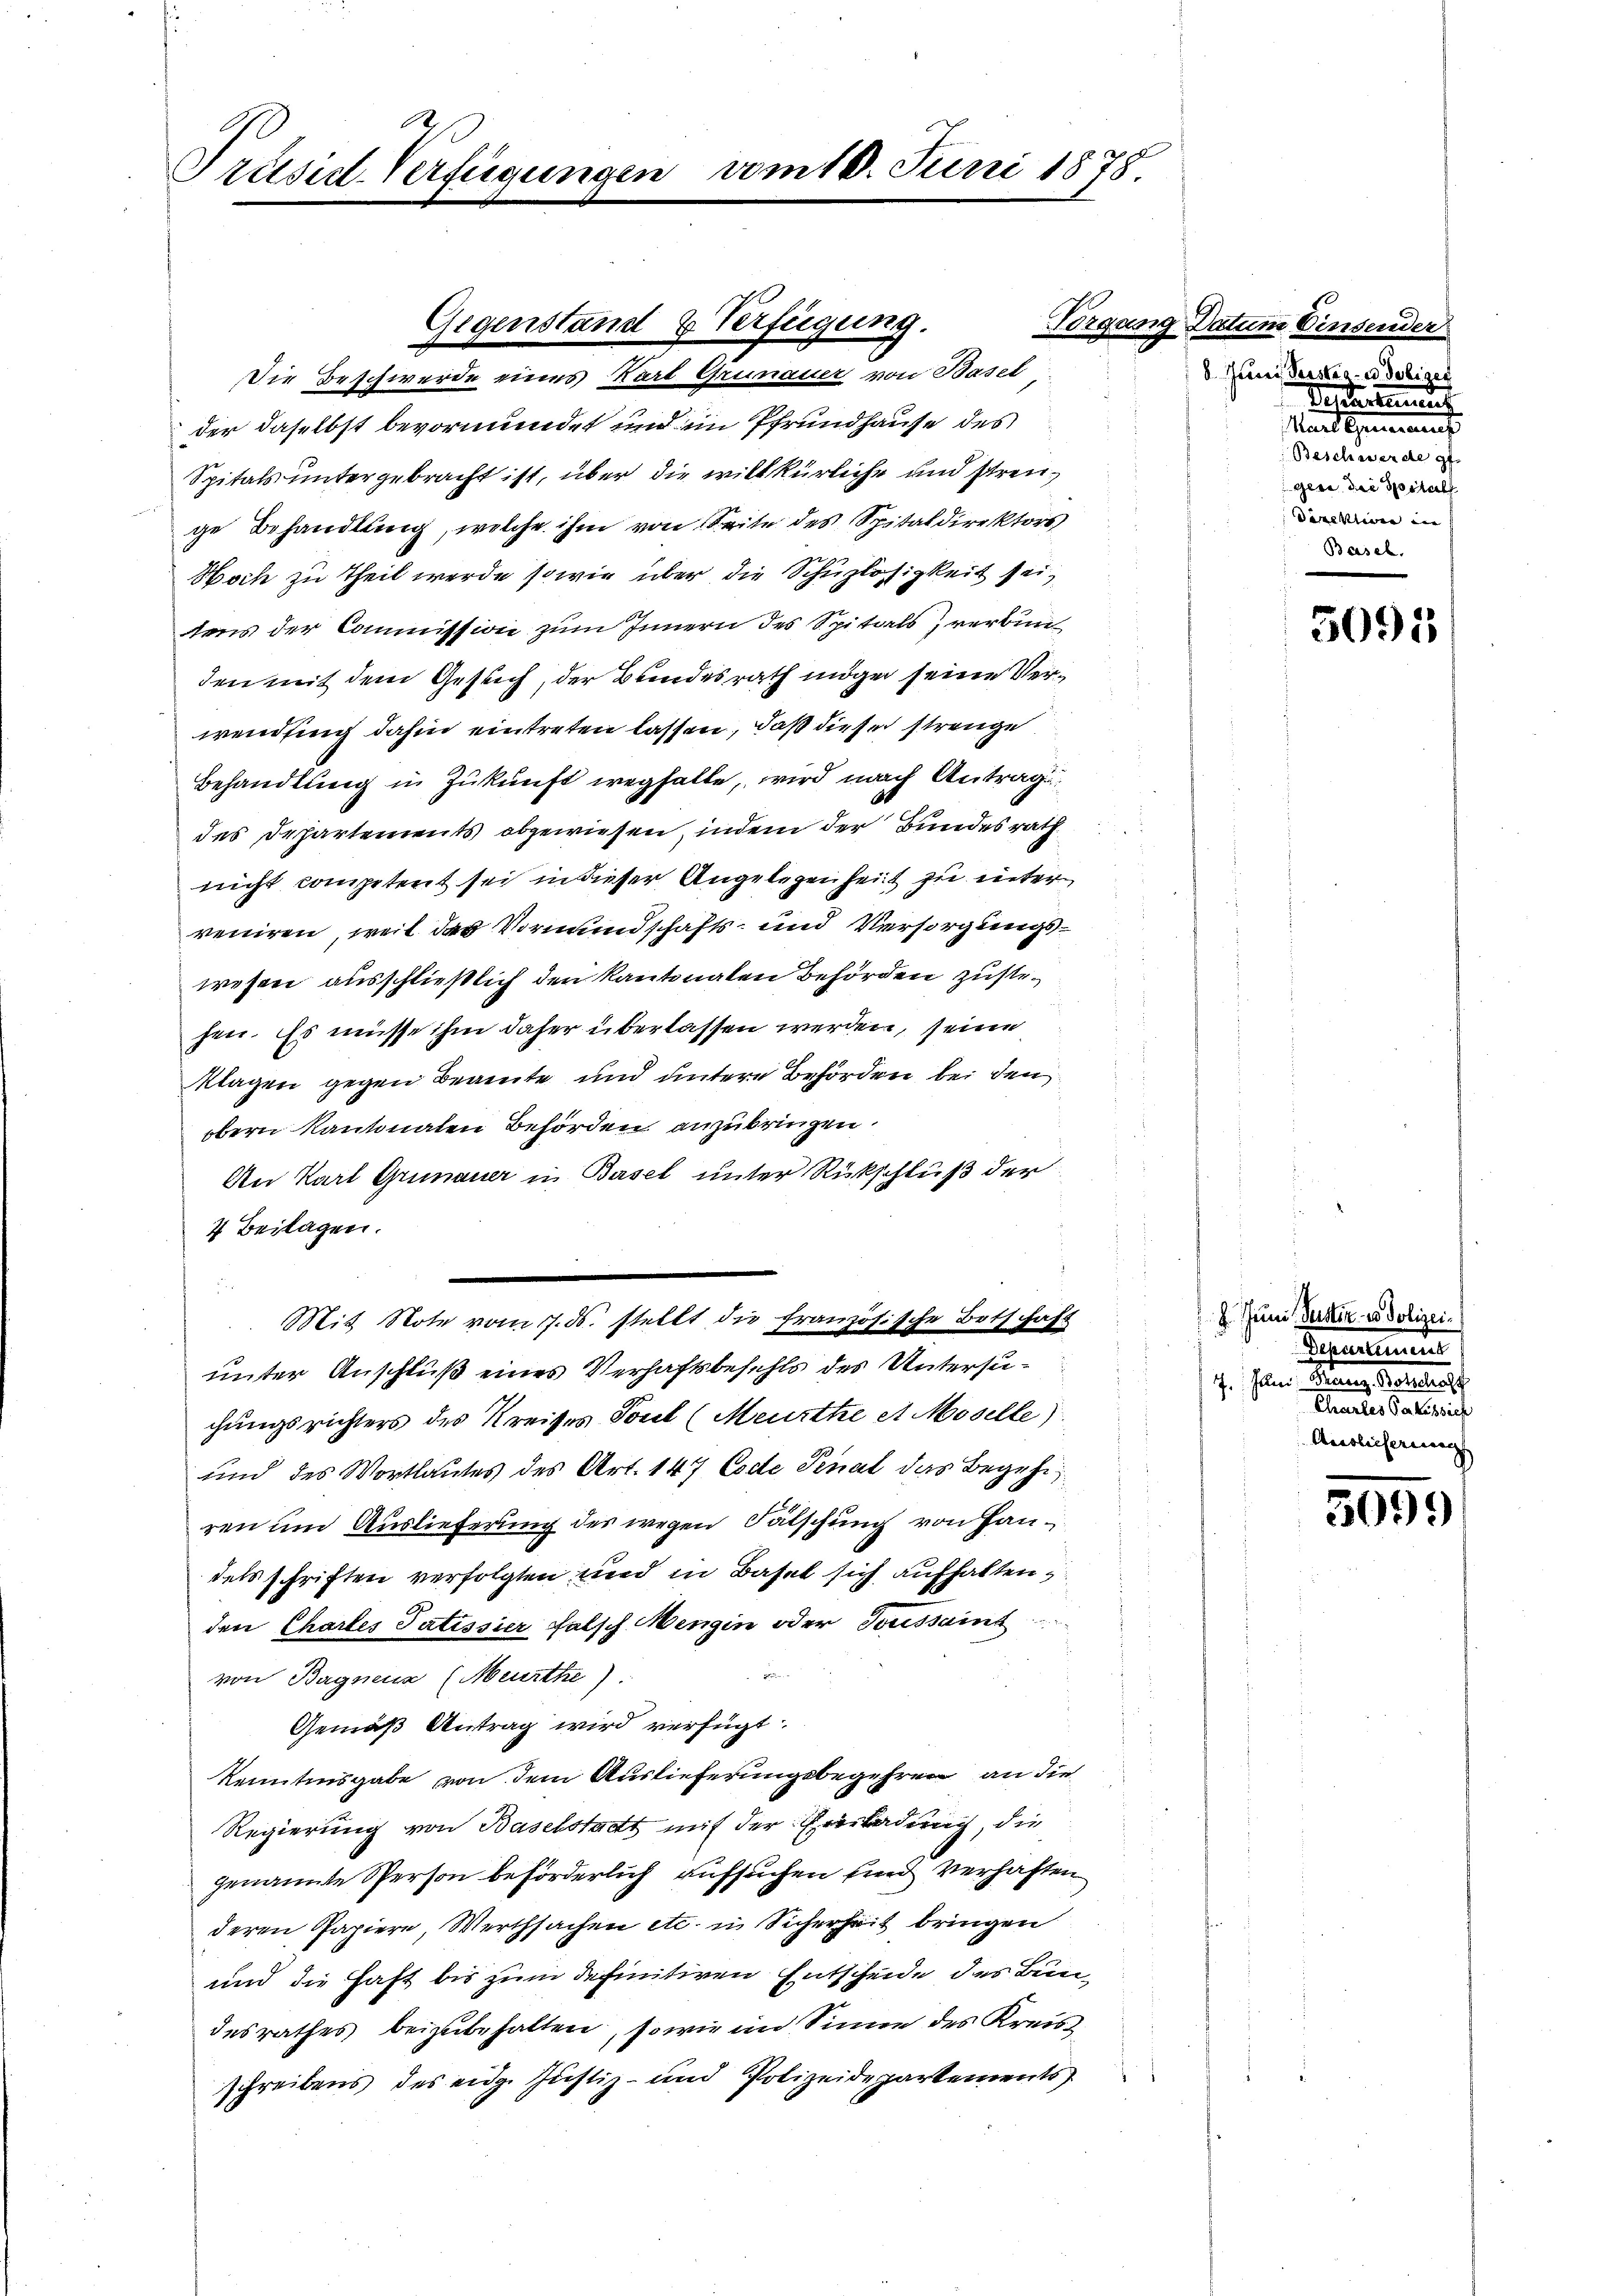
Präsidt-Verfügung

n10. Juni 1878

organ
Gegenstand & Verfügung
Die Beschwerde eines Karl Grumauer von Basel

der daselbst bevormundet und im Pfrundhause des
Spitals untergebracht ist, über die willkürliche und strenge Behandlung, welche ihm von Seite des Spitaldirektors
Noch zu Theil werde, sowie über die Schüzlosigkeit sei,
tens der Commission zum Innern des Spitals, verbun
den mit dem Gesuch, der Bundesrath mögen seine Verwending dahin eintreten lassen, daß diese strenge
Behandlung in Zukunft weghalte, wird nach Antrag
des Departements abgewiesen, indem der Bundesrath
nicht competent sei in dieser Angelegenheit zu unter
veniren, weil das Vormundschafts- und Versorgungswesen ausschließlich den Kantonalen Behörden zuste.
hen. Es müsse ihm daher überlassen werden, seine
klagen gegen Beamte und untere Behörden bei den
obern Kantonalen Behörden anzubringen.
An Karl Grimauer in Basel unter Rückschluß der
7 Beilagen.
Mit Note vom 7. ds. stellt die französische Botschaft
unter Anschluß eines Verhaftsbefehls des Untersuchungsrichters des Kreises Soul (Meurthe et Moselle)
und des Wortlautes des Art. 147 Code Senat das Begehr
ren um Auslieferung des wegen Fälschung von Handets schriften verfolgten und in Basel sich aufhalten,
den Chartes Patissier falsch Mengin oder Toussaint
von Bagnenz (Meurthe)
Gemäß Antrag wird verfügt:
kenntnisgabe von dem Auslieferungsbegehren an die
Regierung von Baselstadt mit der Einladung, die
genannte Sperson beförderlich aufsuchen sind verhaften
deren Papiere Werthsachen etc. in Sicherheit bringen
und die Haft bis zum definitiven Entscheide des Bundesrathes beizubehalten, sowie im Sinne des Kreisschreibens des eidg. Justiz- und Polizeidepartements

.

un

1220

6. Juni Verster- u Policet
Scheinung
stand benannt
Beschwende g
gere der Spital
Direktiven ein |
Basel.

5091)

8. Juni, Justiz- u Polizeia
17. Jun. Meinung Keller
Charles Gakussich
Auslieferung

5099